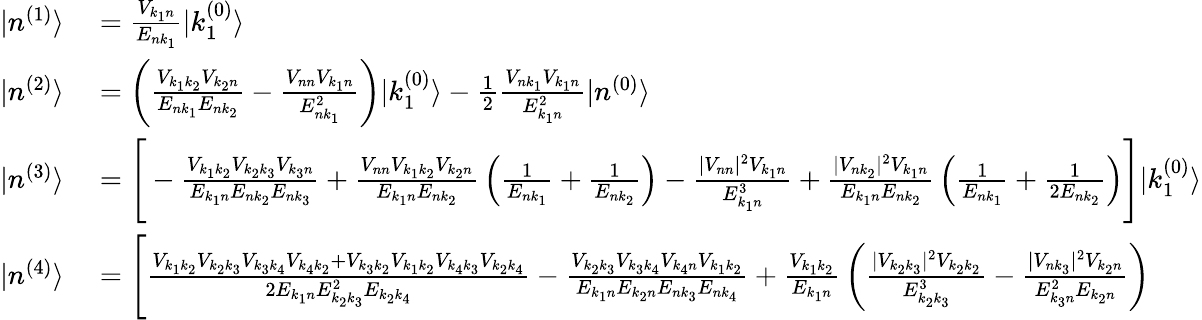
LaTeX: \begin{array}{rl}{|n^{(1)}\rangle}&{{}={\frac{V_{k_{1}n}}{E_{nk_{1}}}}|k_{1}^{(0)}\rangle}\\ {|n^{(2)}\rangle}&{{}=\left({\frac{V_{k_{1}k_{2}}V_{k_{2}n}}{E_{nk_{1}}E_{nk_{2}}}}-{\frac{V_{nn}V_{k_{1}n}}{E_{nk_{1}}^{2}}}\right)|k_{1}^{(0)}\rangle-{\frac{1}{2}}{\frac{V_{nk_{1}}V_{k_{1}n}}{E_{k_{1}n}^{2}}}|n^{(0)}\rangle}\\ {|n^{(3)}\rangle}&{{}={\Bigg[}-{\frac{V_{k_{1}k_{2}}V_{k_{2}k_{3}}V_{k_{3}n}}{E_{k_{1}n}E_{nk_{2}}E_{nk_{3}}}}+{\frac{V_{nn}V_{k_{1}k_{2}}V_{k_{2}n}}{E_{k_{1}n}E_{nk_{2}}}}\left({\frac{1}{E_{nk_{1}}}}+{\frac{1}{E_{nk_{2}}}}\right)-{\frac{|V_{nn}|^{2}V_{k_{1}n}}{E_{k_{1}n}^{3}}}+{\frac{|V_{nk_{2}}|^{2}V_{k_{1}n}}{E_{k_{1}n}E_{nk_{2}}}}\left({\frac{1}{E_{nk_{1}}}}+{\frac{1}{2E_{nk_{2}}}}\right){\Bigg]}|k_{1}^{(0)}\rangle}\\ {|n^{(4)}\rangle}&{{}={\Bigg[}{\frac{V_{k_{1}k_{2}}V_{k_{2}k_{3}}V_{k_{3}k_{4}}V_{k_{4}k_{2}}+V_{k_{3}k_{2}}V_{k_{1}k_{2}}V_{k_{4}k_{3}}V_{k_{2}k_{4}}}{2E_{k_{1}n}E_{k_{2}k_{3}}^{2}E_{k_{2}k_{4}}}}-{\frac{V_{k_{2}k_{3}}V_{k_{3}k_{4}}V_{k_{4}n}V_{k_{1}k_{2}}}{E_{k_{1}n}E_{k_{2}n}E_{nk_{3}}E_{nk_{4}}}}+{\frac{V_{k_{1}k_{2}}}{E_{k_{1}n}}}\left({\frac{|V_{k_{2}k_{3}}|^{2}V_{k_{2}k_{2}}}{E_{k_{2}k_{3}}^{3}}}-{\frac{|V_{nk_{3}}|^{2}V_{k_{2}n}}{E_{k_{3}n}^{2}E_{k_{2}n}}}\right)}\end{array}